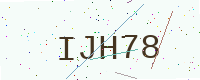
Text: IJH78